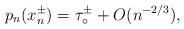
LaTeX: \begin{align*}p_{n}(x_{n}^{\pm}) = \tau_\circ^\pm + O(n^{-2/3}),\end{align*}